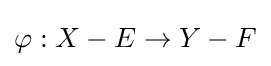
\varphi :X-E\rightarrow Y-F